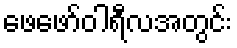
ဖေဖော်ဝါရီလအတွင်း